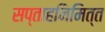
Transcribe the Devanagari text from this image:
सप्ताहनिमित्त